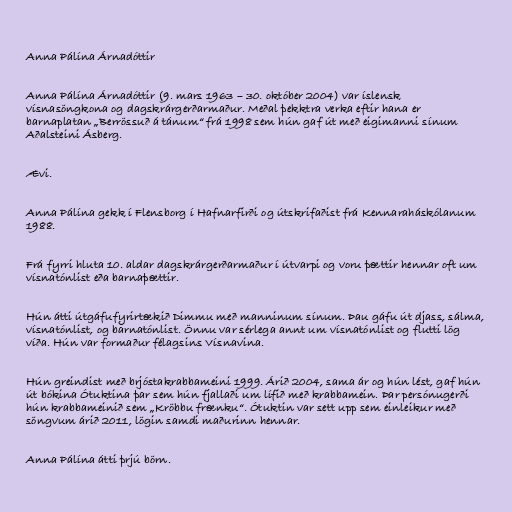
Anna Pálína Árnadóttir

Anna Pálína Árnadóttir (9. mars 1963 – 30. október 2004) var íslensk
vísnasöngkona og dagskrárgerðarmaður. Meðal þekktra verka eftir hana er
barnaplatan „Berrössuð á tánum“ frá 1998 sem hún gaf út með eigimanni sínum
Aðalsteini Ásberg.

Ævi.

Anna Pálína gekk í Flensborg í Hafnarfirði og útskrifaðist frá Kennaraháskólanum
1988.

Frá fyrri hluta 10. aldar dagskrárgerðarmaður í útvarpi og voru þættir hennar oft um
vísnatónlist eða barnaþættir.

Hún átti útgáfufyrirtækið Dimmu með manninum sínum. Þau gáfu út djass, sálma,
vísnatónlist, og barnatónlist. Önnu var sérlega annt um vísnatónlist og flutti lög
víða. Hún var formaður félagsins Vísnavina.

Hún greindist með brjóstakrabbameini 1999. Árið 2004, sama ár og hún lést, gaf hún
út bókina Ótuktina þar sem hún fjallaði um lífið með krabbamein. Þar persónugerði
hún krabbameinið sem „Kröbbu frænku“. Ótuktin var sett upp sem einleikur með
söngvum árið 2011, lögin samdi maðurinn hennar.

Anna Pálína átti þrjú börn.